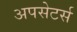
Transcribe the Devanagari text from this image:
अपसेटर्स